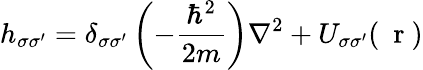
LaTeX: h_{\sigma\sigma^{\prime}}=\delta_{\sigma\sigma^{\prime}}\left(-\frac{\hbar^{2}}{2m}\right)\nabla^{2}+U_{\sigma\sigma^{\prime}}(\mathrm{~\mathbf~r~})